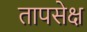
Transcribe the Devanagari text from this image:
तापसेक्ष